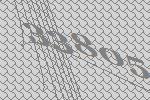
33805